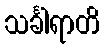
သင်္ခါရာတိ